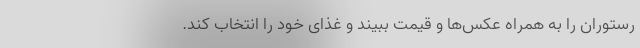
رستوران را به همراه عکس‌ها و قیمت ببیند و غذای خود را انتخاب کند.